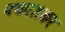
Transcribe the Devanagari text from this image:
बकालकर